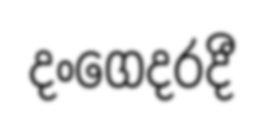
දංගෙදරදී